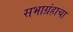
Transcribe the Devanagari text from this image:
सभाग्रंहाचा